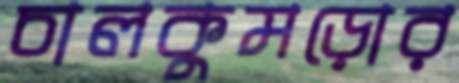
চালকুমড়োর